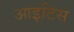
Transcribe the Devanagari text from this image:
आइटिस